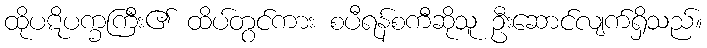
ထိုပဋိပက္ခကြီး၏ ထိပ်တွင်ကား စပီရန်စကီဆိုသူ ဦးဆောင်လျက်ရှိသည်။